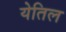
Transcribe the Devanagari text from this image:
येतिल